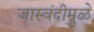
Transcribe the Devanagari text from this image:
जास्वंदीमुळे